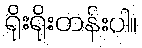
ရိုးရိုးတန်းပါ။